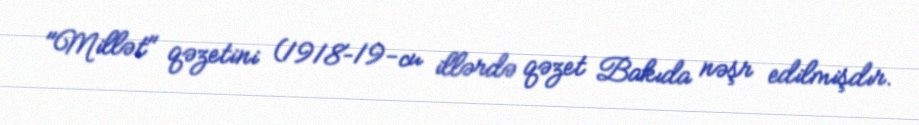
"Millət" qəzetini (1918–19-cu illərdə qəzet Bakıda nəşr edilmişdır.